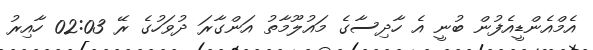
އެމްއެންޑީއެފުން ބުނީ އެ ހާދިސާގެ މައުލޫމާތު އަންގާރަ ދުވަހުގެ ރޭ 02:03 ހާއިރު